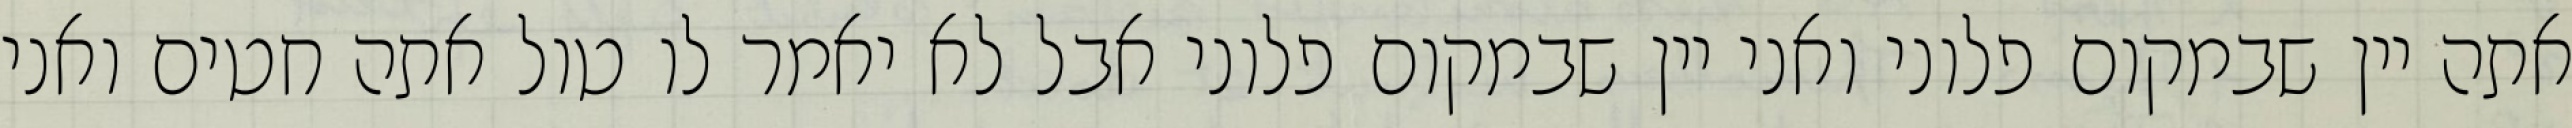
אתה יין שבמקום פלוני ואני יין שבמקום פלוני אבל לא יאמר לו טול אתה חטים ואני